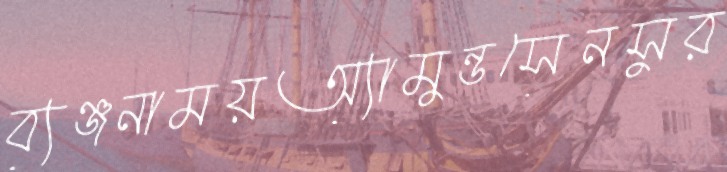
ব্যঞ্জনাময়অ্যামুন্ডসেনসুর